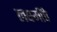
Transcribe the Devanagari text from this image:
लक्ष्मींचे